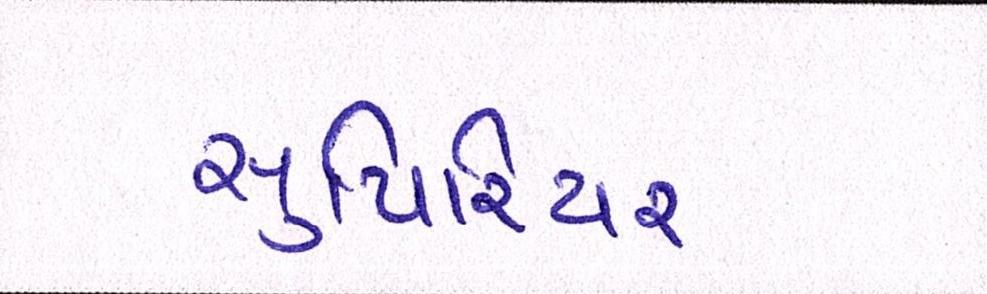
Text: સુપિરિયર